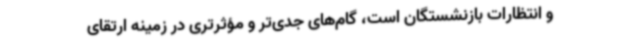
و انتظارات بازنشستگان است، گام‌های جدی‌تر و مؤثرتری در زمینه ارتقای